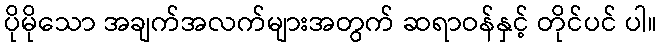
ပိုမိုသော အချက်အလက်များအတွက် ဆရာဝန်နှင့် တိုင်ပင် ပါ။